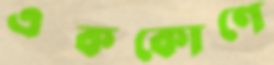
এককোণে